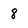
Character: 8